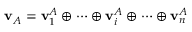
\mathbf { v } _ { A } = \mathbf { v } _ { 1 } ^ { A } \oplus \cdots \oplus \mathbf { v } _ { i } ^ { A } \oplus \cdots \oplus \mathbf { v } _ { n } ^ { A }